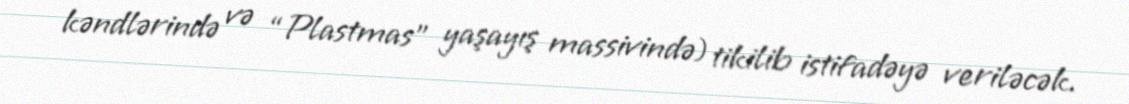
kəndlərində və “Plastmas” yaşayış massivində) tikilib istifadəyə veriləcək.